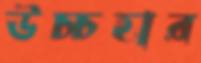
উচ্চহার